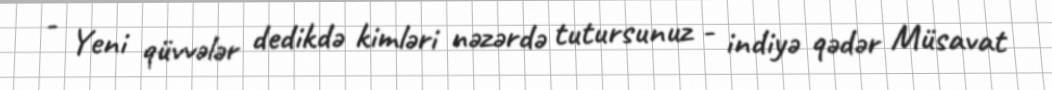
- Yeni qüvvələr dedikdə kimləri nəzərdə tutursunuz - indiyə qədər Müsavat